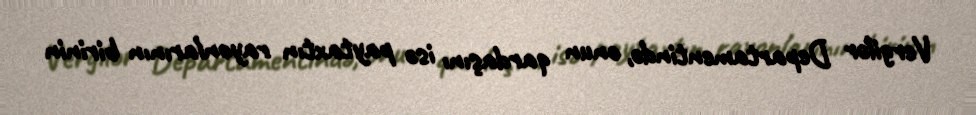
Vergilər Departamentində, onun qardaşını isə paytaxtın rayonlarının birinin